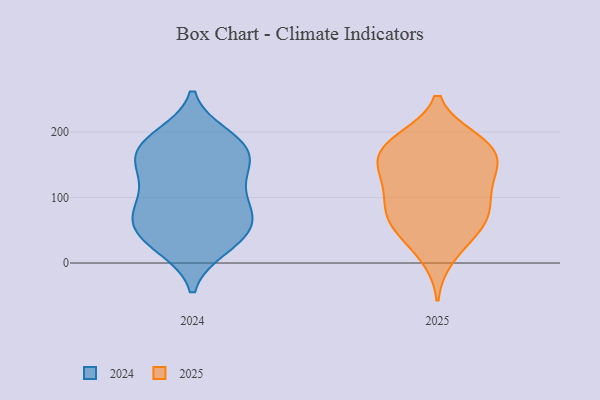
{"axis": {"x": "Active Users", "y": "Value"}, "legend": ["2024", "2025"], "data": [{"x": "", "y": 124, "type": "2024"}, {"x": "", "y": 49, "type": "2024"}, {"x": "", "y": 138, "type": "2024"}, {"x": "", "y": 99, "type": "2024"}, {"x": "", "y": 62, "type": "2024"}, {"x": "", "y": 24, "type": "2024"}, {"x": "", "y": 26, "type": "2024"}, {"x": "", "y": 164, "type": "2024"}, {"x": "", "y": 184, "type": "2024"}, {"x": "", "y": 193, "type": "2024"}, {"x": "", "y": 150, "type": "2024"}, {"x": "", "y": 62, "type": "2024"}, {"x": "", "y": 74, "type": "2024"}, {"x": "", "y": 181, "type": "2024"}, {"x": "", "y": 156, "type": "2024"}, {"x": "", "y": 36, "type": "2024"}, {"x": "", "y": 95, "type": "2024"}, {"x": "", "y": 182, "type": "2024"}, {"x": "", "y": 75, "type": "2024"}, {"x": "", "y": 79, "type": "2025"}, {"x": "", "y": 93, "type": "2025"}, {"x": "", "y": 47, "type": "2025"}, {"x": "", "y": 99, "type": "2025"}, {"x": "", "y": 130, "type": "2025"}, {"x": "", "y": 146, "type": "2025"}, {"x": "", "y": 183, "type": "2025"}, {"x": "", "y": 188, "type": "2025"}, {"x": "", "y": 10, "type": "2025"}, {"x": "", "y": 82, "type": "2025"}, {"x": "", "y": 180, "type": "2025"}, {"x": "", "y": 57, "type": "2025"}, {"x": "", "y": 169, "type": "2025"}, {"x": "", "y": 140, "type": "2025"}, {"x": "", "y": 141, "type": "2025"}, {"x": "", "y": 50, "type": "2025"}, {"x": "", "y": 177, "type": "2025"}]}